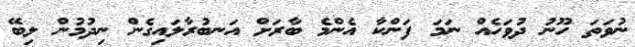
ނުވަތަ ހޫނު ދުވަހެއް ނަމަ ފަންކާ އެންމެ ބާރަށް އަނބުރާލައިގެން ނިދުމުން ލިބޭ